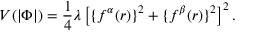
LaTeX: V ( | \Phi | ) = \frac { 1 } { 4 } \lambda \left[ \{ f ^ { \alpha } ( r ) \} ^ { 2 } + \{ f ^ { \beta } ( r ) \} ^ { 2 } \right] ^ { 2 } .